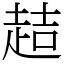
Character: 趌